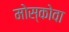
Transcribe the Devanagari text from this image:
मोस्कोवा